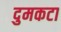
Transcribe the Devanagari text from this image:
दुमकटा